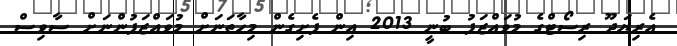
އެރިޔަދޫ ރިސޯޓްގެ މުވައްޒަފު ބުނީ 2013 އިން ފެށިގެން މިހާތަނަށް މުވައްޒަފުންނަށް ސާވިސް